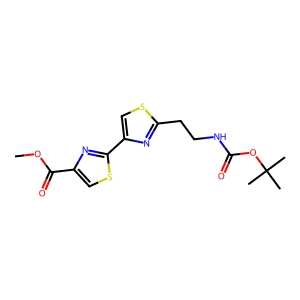
SMILES: COC(=O)c1csc(-c2csc(CCNC(=O)OC(C)(C)C)n2)n1
Inhibits HIV replication: No